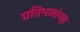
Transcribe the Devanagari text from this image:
प्रतिभासंपझ